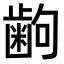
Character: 𫠚